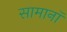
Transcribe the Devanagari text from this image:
सामानॉ